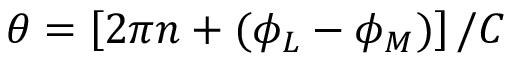
\theta = \left[ 2 \pi n + ( \phi _ { L } - \phi _ { M } ) \right] / C